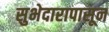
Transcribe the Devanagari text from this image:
सुभेदारापासून